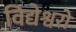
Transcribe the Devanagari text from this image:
विद्येश्वरों